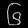
Digit: ၆